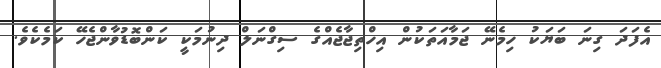
އެފަދަ ގިނަ ބަޔަކު ހިމެނޭ ޖަމާއަތަކުން އިހްތިޖާޖެއްގެ ސިގްނަލް ދިނުމަކީ ކަންބޮޑުވާންޖެހޭ ކަމެކެވެ.